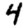
Digit: 4